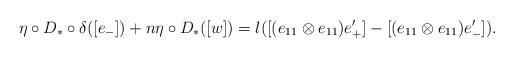
LaTeX: \begin{align*}\eta\circ D_*\circ \delta([e_-])+n\eta\circ D_*([w])=l([(e_{11}\otimes e_{11})e'_+]-[(e_{11}\otimes e_{11})e'_-]).\end{align*}